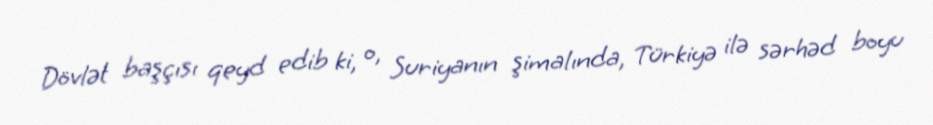
Dövlət başçısı qeyd edib ki, o, Suriyanın şimalında, Türkiyə ilə sərhəd boyu